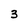
Character: 3